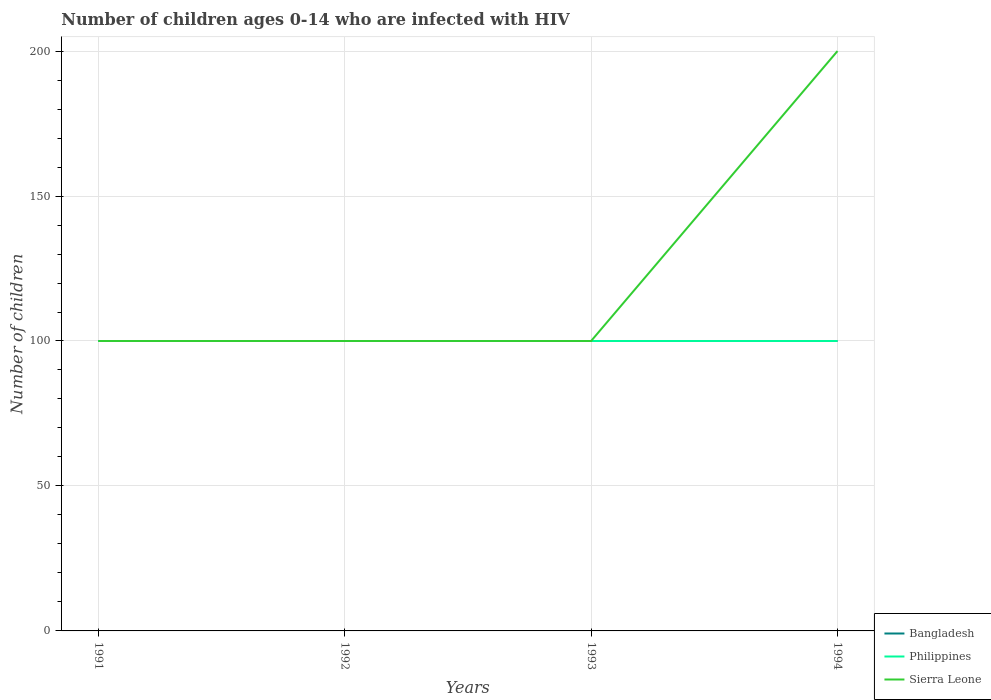
| Years | Bangladesh | Philippines | Sierra Leone |
 | --- | --- | --- | --- |
 | 1991 | 100 | 100 | 100 |
 | 1992 | 100 | 100 | 100 |
 | 1993 | 100 | 100 | 100 |
 | 1994 | 100 | 100 | 200 |